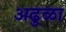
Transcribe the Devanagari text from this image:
अढुळा